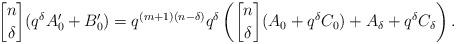
LaTeX: \begin{align*}{n\brack \delta}(q^\delta A'_0+B'_0)=q^{(m+1)(n-\delta)}q^\delta\left({n\brack \delta}(A_0+q^\delta C_0)+A_\delta+q^\delta C_\delta\right).\end{align*}